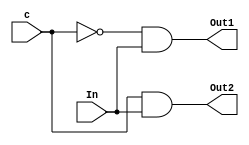
module DEMUX_1_to_2( input c,
    input In, output Out1, output Out2);
    wire cn;

    not(cn, c);
    and(Out1, cn, In);
    and(Out2, c, In);
endmodule